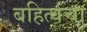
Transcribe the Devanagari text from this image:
बहिर्त्वचा